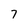
Character: 7